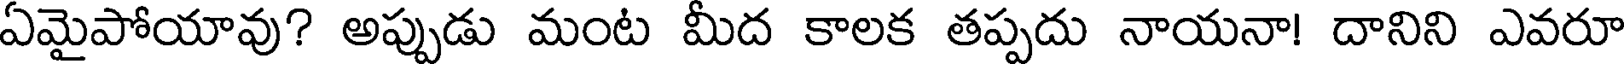
ఏమైపోయావు? అప్పుడు మంట మీద కాలక తప్పదు నాయనా! దానిని ఎవరూ